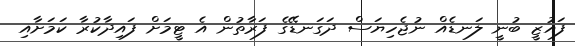
ފައުޒީ ބުނީ ލަނޑެއް ނުޖެހިޔަސް ދަގަނޑޭގެ ފަރާތުން އެ ޓީމަށް ފައިދާކުރާ ކަމަށާއި